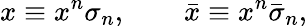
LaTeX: x\equiv x^{n}\sigma_{n},\qquad\bar{x}\equiv x^{n}\bar{\sigma}_{n},